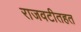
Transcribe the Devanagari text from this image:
राजवटीतहत